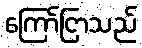
ကြော်ငြာသည်